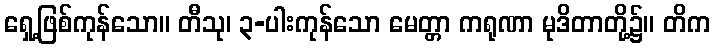
ရှေ့ဖြစ်ကုန်သော။ တီသု၊ ၃-ပါးကုန်သော မေတ္တာ ကရုဏာ မုဒိတာတို့၌။ တိက